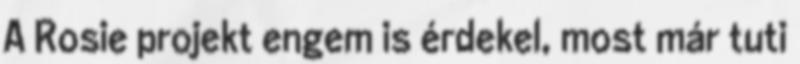
A Rosie projekt engem is érdekel, most már tuti